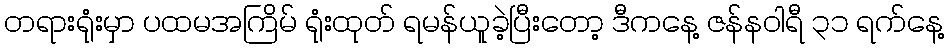
တရားရုံးမှာ ပထမအကြိမ် ရုံးထုတ် ရမန်ယူခဲ့ပြီးတော့ ဒီကနေ့ ဇန်နဝါရီ ၃၁ ရက်နေ့